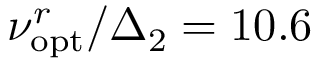
\nu _ { \mathrm { o p t } } ^ { r } / \Delta _ { 2 } = 1 0 . 6